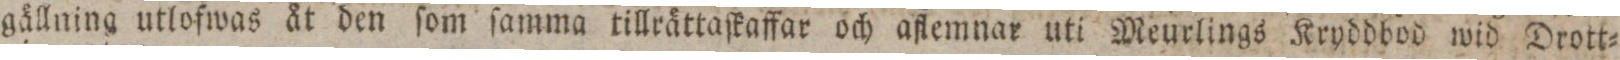
gällning utlofwas åt den ſom ſamma tillrättaſkaffar och aflemnar uti Meurlings Kryddbod wid Drott=